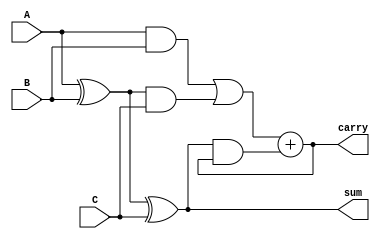
module carry_save_adder_tree #(parameter N = 8) (
    input  [N-1:0] A,      // First operand
    input  [N-1:0] B,      // Second operand
    input  [N-1:0] C,      // Third operand
    output [N-1:0] sum,     // Final sum output
    output [N:0] carry      // Final carry output (N+1 bits to accommodate carry)
);

// Intermediate signals for sums and carries
wire [N-1:0] S1, C1, S2, C2;

// Carry Save Adder for inputs A and B
assign S1 = A ^ B;          // Sum of A and B
assign C1 = A & B;          // Carry of A and B

// Carry Save Adder for intermediate sum S1 and input C
assign S2 = S1 ^ C;         // Sum of S1 and C
assign C2 = C1 | (S1 & C);  // Carry from S1 and C

// Final stage using Ripple Carry Adder
wire [N-1:0] final_sum;
wire [N:0] final_carry;

// Ripple Carry Adder to combine final sum and carry
assign final_sum = S2;                // The final sum from CSA stage
assign final_carry = C2 + (S2 & final_carry); // Final carry computation

// Outputs
assign sum = final_sum;
assign carry = final_carry;

endmodule